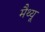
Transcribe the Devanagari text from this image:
मैथ्‍यू